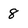
Character: 8